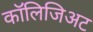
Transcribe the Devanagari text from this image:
कॉलिजिअट